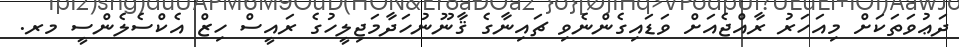
ދަޢުވަތަކަށް މިއަހަރު ރާއްޖެއަށް ވަޑައިގެންނެވި ޗައިނާގެ ޤާނޫނުހަދާމަޖިލީހުގެ ރައީސް ހިޒް އެކްސެލެންސީ މރ.